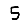
Digit: 5